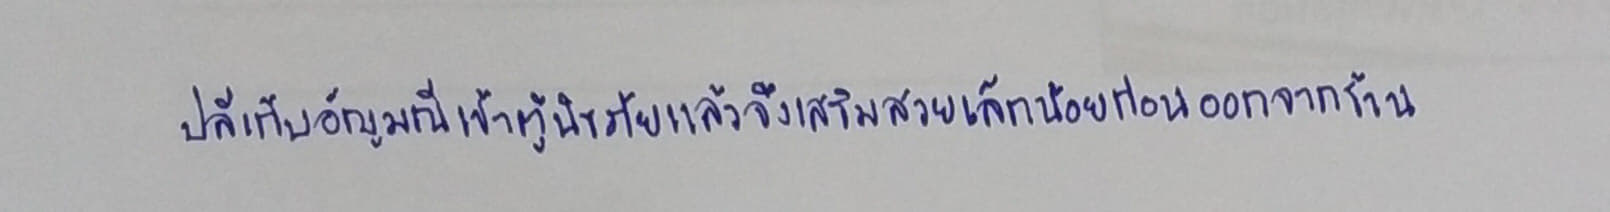
ปลีเก็บอัญมณีเข้าตู้นิรภัยแล้วจึงเสริมสวยเล็กน้อยก่อนออกจากร้าน